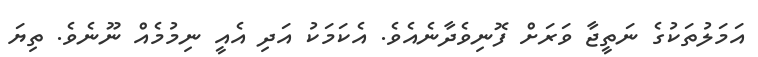
އަމަލުތަކުގެ ނަތީޖާ ވަރަށް ފޮނިވެދާނެއެވެ. އެކަމަކު އަދި އެއީ ނިމުމެއް ނޫނެވެ. ތިޔަ